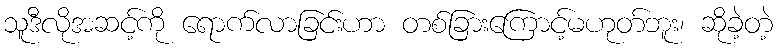
သူဒီလိုအဆင့်ကို ရောက်လာခြင်းဟာ တစ်ခြားကြောင့်မဟုတ်ဘူး၊ ဆိုခဲ့တဲ့